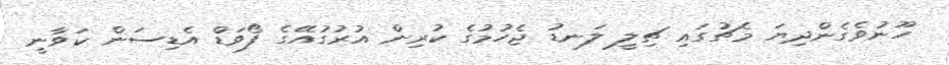
ހޫނުވެގެންދިޔަ މެޗުގައި ޗިލީ ލަނޑު ޖެހުމުގެ ކުރިން އުރުގުއޭގެ ފޯވަޑް އެޑިސަން ކަވާނީ